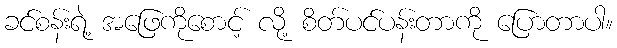
ခင်စန်းရဲ့ အဖြေကိုစောင့် လို့ စိတ်ပင်ပန်းတာကို ပြောတာပါ။